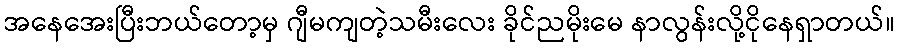
အနေအေးပြီးဘယ်တော့မှ ဂျီမကျတဲ့သမီးလေး ခိုင်ညမိုးမေ နာလွန်းလို့ငိုနေရှာတယ်။